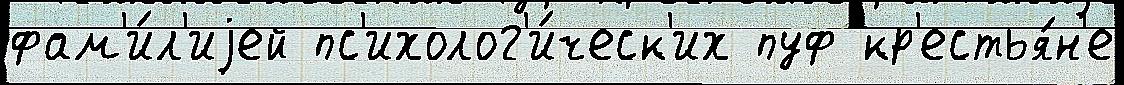
фам'и́л'иjей пс'ихолог'и́ческ'их пуф кр'естья́н'е